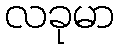
လခုမာ